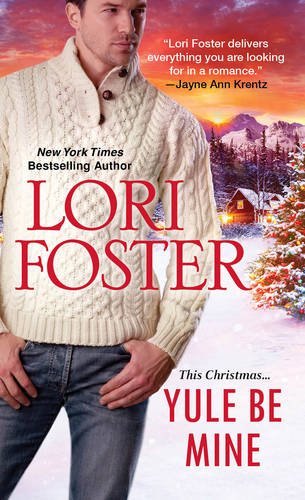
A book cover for Yule Be Mine; Lori Foster; Romance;